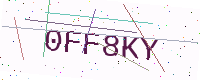
Text: 0FF8KY